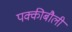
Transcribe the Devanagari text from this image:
पक्कीबौली